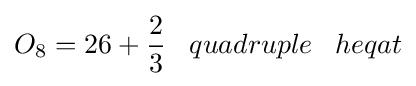
O_{8}=26+{\frac {2}{3}}\;\;\;quadruple\;\;\;heqat